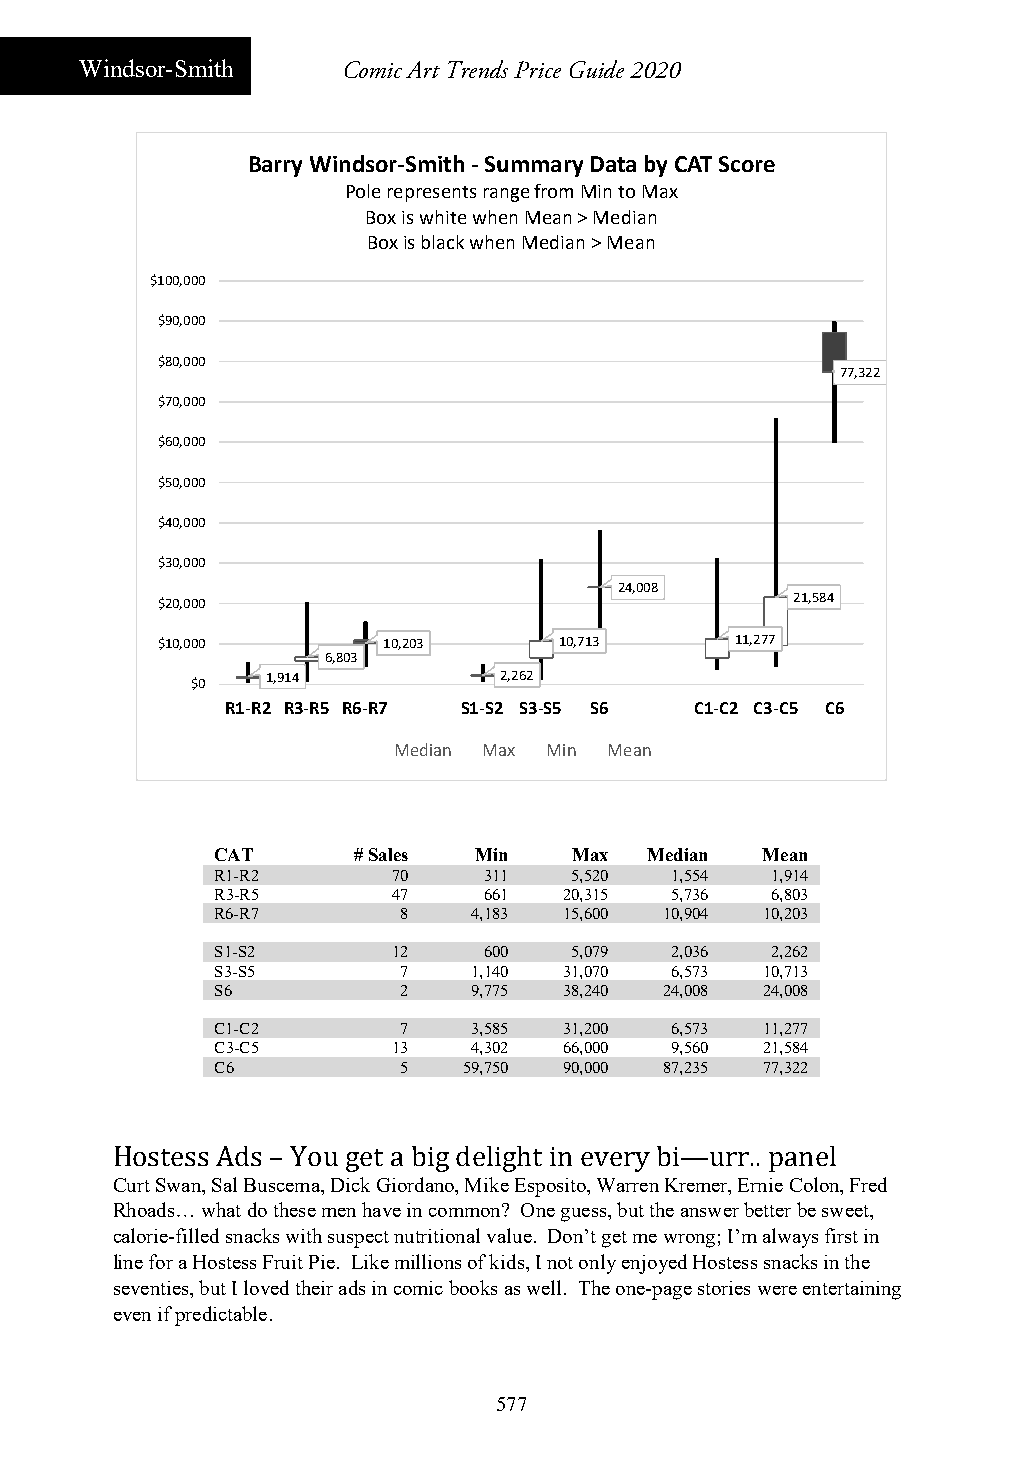
Windsor-Smith     Comic Art Trends Price Guide 2020
 Barry Windsor‐Smith ‐Summary Data by CAT Score
 Pole represents range from Min to Max
 Box is white when Mean > Median
 Box is black when Median > Mean
 $100,000
 $90,000
 $80,000
 77,322
 $70,000
 $60,000
 $50,000
 $40,000
 $30,000
 24,008
 $20,000                                    21,584
 $10,000        10,203      10,713      11,277
 6,803
 1,914          2,262
 $0
 R1‐R2 R3‐R5 R6‐R7 S1‐S2 S3‐S5 S6 C1‐C2 C3‐C5 C6
 Median Max Min Mean
 CAT      # Sales Min    Max  Median Mean
 R1-R2       70    311   5,520 1,554  1,914
 R3-R5       47    661  20,315 5,736  6,803
 R6-R7       8    4,183 15,600 10,904 10,203
 S1-S2       12    600   5,079 2,036  2,262
 S3-S5       7    1,140 31,070 6,573 10,713
 S6          2    9,775 38,240 24,008 24,008
 C1-C2       7    3,585 31,200 6,573 11,277
 C3-C5       13   4,302 66,000 9,560 21,584
 C6          5    59,750 90,000 87,235 77,322
 Hostess Ads – You get a big delight in every bi—urr.. panel
 Curt Swan, Sal Buscema, Dick Giordano, Mike Esposito, Warren Kremer, Ernie Colon, Fred
 Rhoads… what do these men have in common? One guess, but the answer better be sweet,
 calorie-filled snacks with suspect nutritional value. Don’t get me wrong; I’m always first in
 line for a Hostess Fruit Pie. Like millions of kids, I not only enjoyed Hostess snacks in the
 seventies, but I loved their ads in comic books as well. The one-page stories were entertaining
 even if predictable.
 577